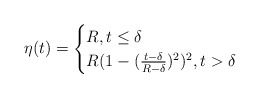
\begin{align*}\eta(t)=\begin{cases}R,t\leq \delta\\R(1-(\frac{t-\delta}{R-\delta})^2)^2, t> \delta\end{cases}\end{align*}